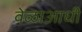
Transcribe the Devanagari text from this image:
वेळाआधी